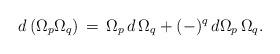
LaTeX: \begin{align*} d\,(\Omega_p \Omega_q)\,=\,\Omega_p\,d\, \Omega_q +(-)^q\,d\Omega_p\, \Omega_q.\end{align*}